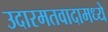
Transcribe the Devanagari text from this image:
उदारमतवादामध्ये